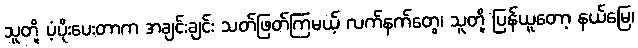
သူတို့ ပံ့ပိုးပေးတာက အချင်းချင်း သတ်ဖြတ်ကြမယ့် လက်နက်တွေ၊ သူတို့ ပြန်ယူတော့ နယ်မြေ၊